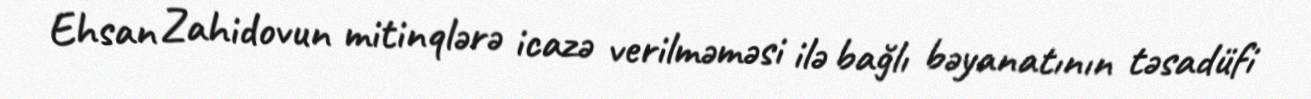
Ehsan Zahidovun mitinqlərə icazə verilməməsi ilə bağlı bəyanatının təsadüfi